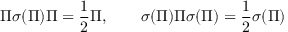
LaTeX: \Pi \sigma ( \Pi ) \Pi = \frac { 1 } { 2 } \Pi , \qquad \sigma ( \Pi ) \Pi \sigma ( \Pi ) = \frac { 1 } { 2 } \sigma ( \Pi )